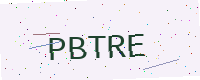
Text: PBTRE